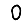
Digit: 0